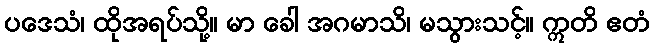
ပဒေသံ၊ ထိုအရပ်သို့။ မာ ခေါ အဂမာသိ၊ မသွားသင့်။ ဣတိ ဧတံ